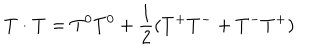
LaTeX: { \bf T } \cdot { \bf T } = T ^ { 0 } T ^ { 0 } + \frac { 1 } { 2 } ( T ^ { + } T ^ { - } + T ^ { - } T ^ { + } )